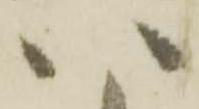
八